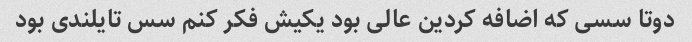
دوتا سسی که اضافه کردین عالی بود یکیش فکر کنم سس تایلندی بود